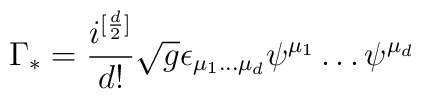
\Gamma_* = \frac{i^{[\frac{d}{2}]}}{d!}\sqrt{g}\epsilon_{\mu_1 \dots \mu_d} \psi^{\mu_1} \dots \psi^{\mu_d}